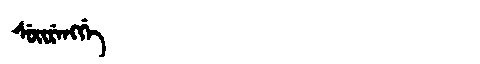
Manchu: ᠰᡠᡳᡵᡝᠩᡤᡝ
Romanization: SUIRENGGE